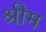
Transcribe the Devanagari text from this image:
श्रीम